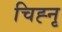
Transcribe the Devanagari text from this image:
चिह्नृ